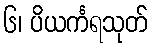
၆၊ ပိယင်္ကရသုတ်